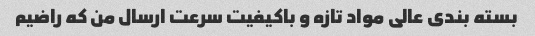
بسته بندی عالی مواد تازه و باکیفیت سرعت ارسال من که راضیم